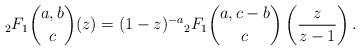
\begin{align*}_{2}F_{1}\binom{a,b}{c}(z)=(1-z)^{-a}{_{2}F_{1}}\binom{a,c-b}{c}\left(\frac{z}{z-1}\right).\end{align*}